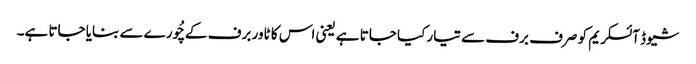
شیوڈ آئسکریم کو صرف برف سے تیار کیا جاتا ہے یعنی اس کا ٹاور برف کے چُورے سے بنایا جاتا ہے۔